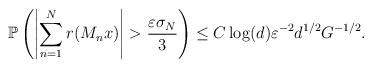
LaTeX: \begin{align*} \mathbb{P}\left(\left|\sum_{n=1}^Nr(M_nx)\right|>\frac{\varepsilon\sigma_N}{3}\right)\leq C\log(d)\varepsilon^{-2}d^{1/2}G^{-1/2}.\end{align*}